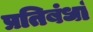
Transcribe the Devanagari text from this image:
प्रतिबंधां